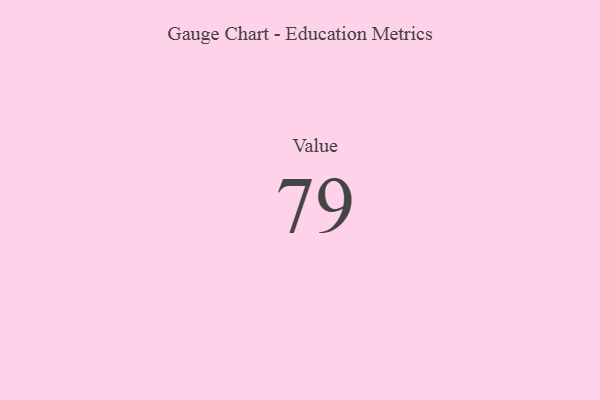
{"axis": {"x": "Metric", "y": "Value"}, "legend": [""], "data": [{"x": "Value", "y": 79, "type": ""}]}